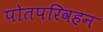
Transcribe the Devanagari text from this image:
पोतपरिवहन